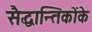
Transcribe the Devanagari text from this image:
सैद्धान्तिकोंके